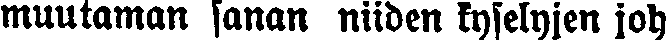
muutaman sanan niiden kyselyjen joh